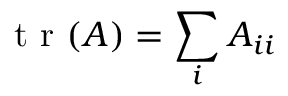
\mathrm { ~ t ~ r ~ } ( \boldsymbol { A } ) = \sum _ { i } A _ { i i }